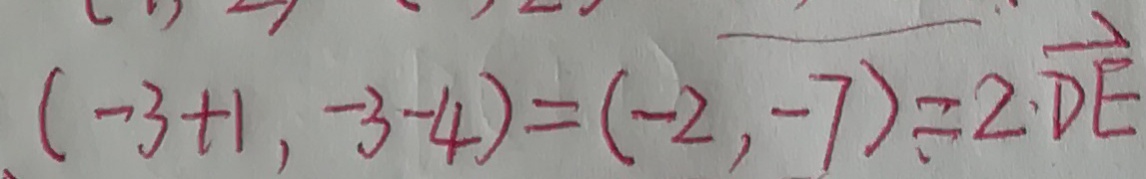
( - 3 + 1 , - 3 - 4 ) = ( - 2 , - 7 ) = 2 \cdot \overrightarrow { D E }